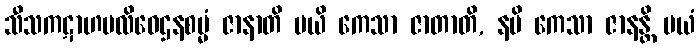
သီသကဋာဟပလိဝေဌနစမ္မံ ဇာနာတိ မယိ ကေသာ ဇာတာတိ, နပိ ကေသာ ဇာနန္တိ မယံ